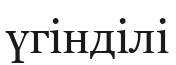
үгінділі